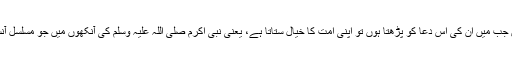
گویا ابراہیم علیہ السلام نے اپنی اُمت کے لیے سبھی کچھ مانگ لیا، لیکن جب میں ان کی اس دعا کو پڑھتا ہوں تو اپنی اُمت کا خیال ستاتا ہے، یعنی نبی اکرم صلی اللہ علیہ وسلم کی آنکھوں میں جو مسلسل آنسو رواں ہیں، اپنی اُمت کے بارے میں فکر کو اس کا سبب بتا رہے ہیں۔